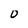
Character: O